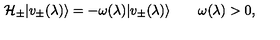
{ \cal H } _ { \pm } | v _ { \pm } ( \lambda ) \rangle = - \omega ( \lambda ) | v _ { \pm } ( \lambda ) \rangle \qquad \omega ( \lambda ) > 0 ,